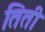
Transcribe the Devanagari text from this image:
तिती